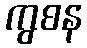
ကွစန